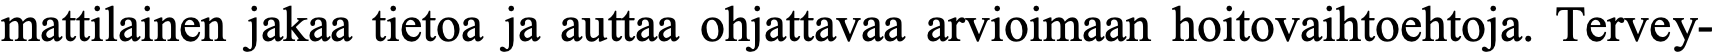
mattilainen jakaa tietoa ja auttaa ohjattavaa arvioimaan hoitovaihtoehtoja. Tervey-